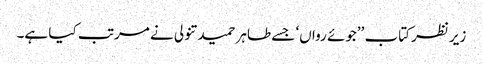
زیرنظر کتاب ’’جوئے رواں‘ جسے طاہر حمید تنولی نے مرتب کیا ہے۔